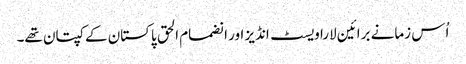
اُس زمانے برائین لارا ویسٹ انڈیز اور انضمام الحق پاکستان کے کپتان تھے۔